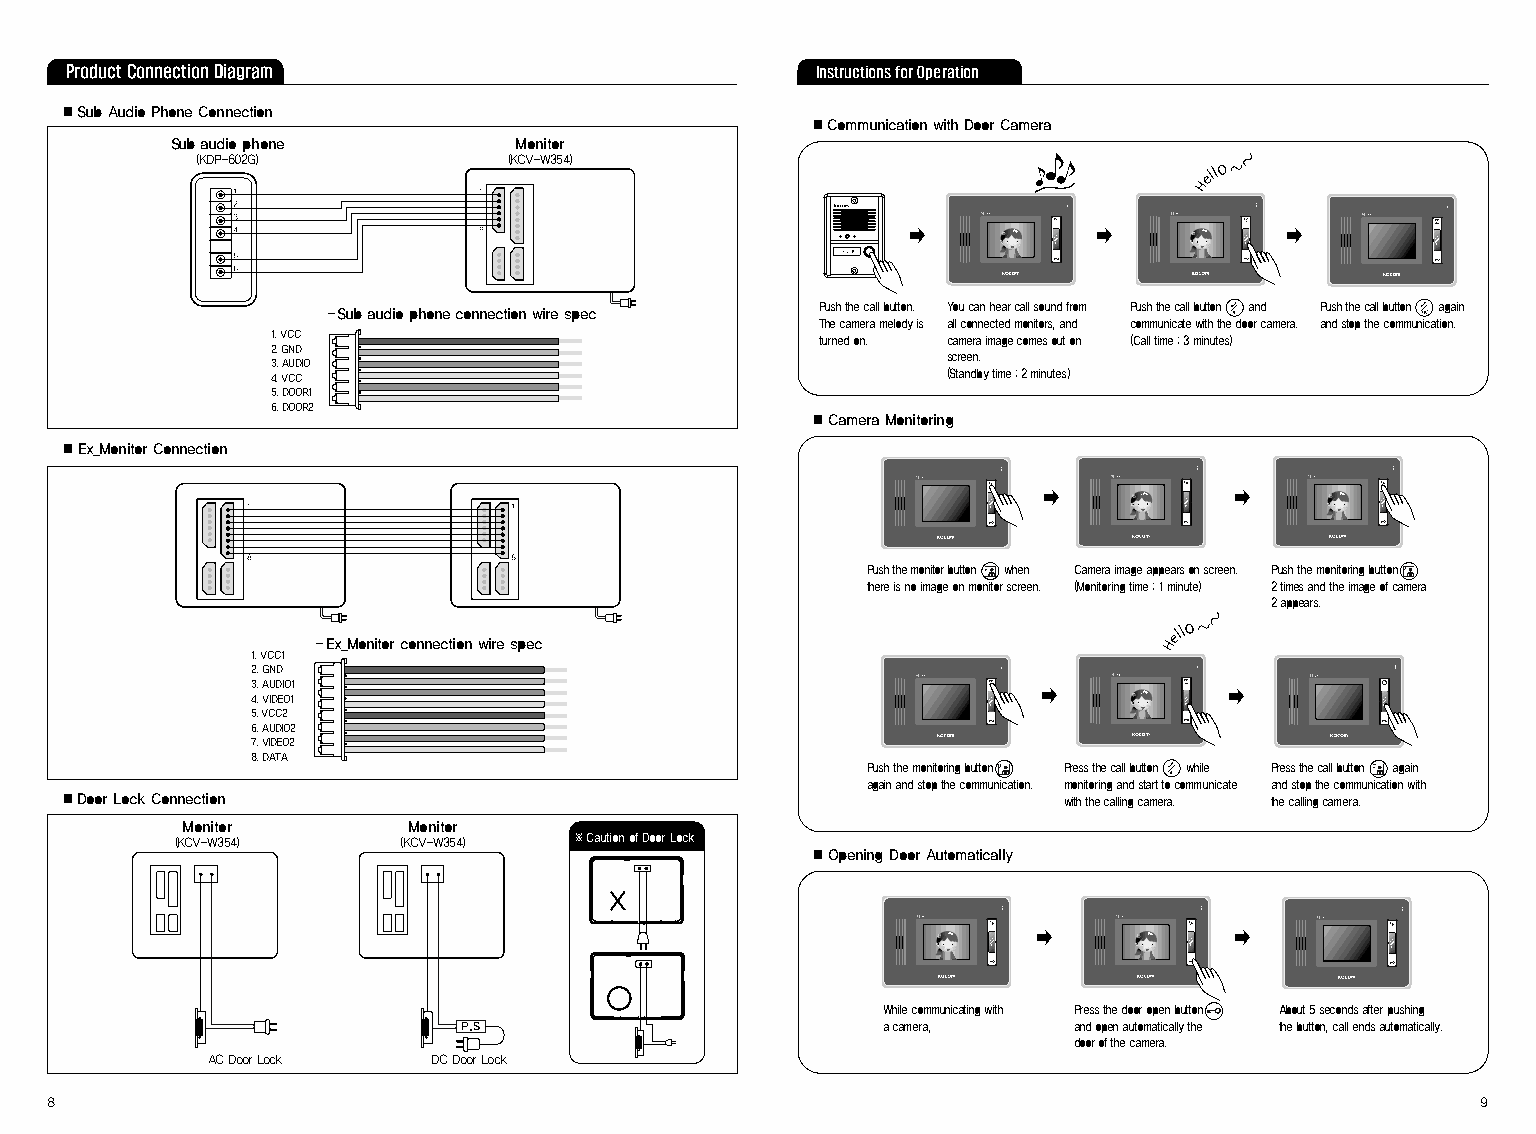
Product Connection Diagram                        Instructions for Operation
 ■Sub Audio Phone Connection
 ■Communication with Door Camera
 Sub audio phone        Monitor
 (KDP-602G)           (KCV-W354)
 �            �           �
 Push the call button. You can hear call sound from Push the call button and Push the call button again
 -Sub audio phone connection wire spec
 The camera melody is all connected monitors, and communicate with the door camera. and stop the communication.
 1. VCC                              turned on. camera image comes out on (Call time : 3 minutes)
 2. GND
 screen.
 3. AUDIO
 4. VCC                                       (Standby time : 2 minutes)
 5. DOOR1
 6. DOOR2
 ■Camera Monitoring
 ■Ex_Monitor Connection
 �            �
 Push the monitor button when Camera image appears on screen. Push the monitoring button
 there is no image on monitor screen. (Monitoring time : 1 minute) 2 times and the image of camera
 2 appears.
 -Ex_Monitor connection wire spec
 1. VCC1
 2. GND
 3. AUDIO1
 4. VIDEO1                                           �           �
 5. VCC2
 6. AUDIO2
 7. VIDEO2
 8. DATA
 Push the monitoring button Press the call button while Press the call button again
 again and stop the communication. monitoring and start to communicate and stop the communication with
 ■Door Lock Connection                                             with the calling camera. the calling camera.
 Monitor        Monitor
 (KCV-W354)    (KCV-W354)  ※Caution of Door Lock
 ■Opening Door Automatically
 �            �
 While communicating with Press the door open button About 5 seconds after pushing
 a camera,    and open automatically the the button, call ends automatically.
 door of the camera.
 AC Door Lock   DC Door Lock
 8                                                                                              9